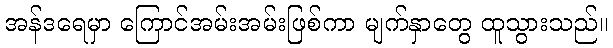
အန်ဒရေမှာ ကြောင်အမ်းအမ်းဖြစ်ကာ မျက်နှာတွေ ထူသွားသည်။